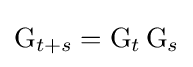
\operatorname {G} _{t+s}=\operatorname {G} _{t}\operatorname {G} _{s}